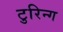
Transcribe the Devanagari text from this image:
टुरिन्ग